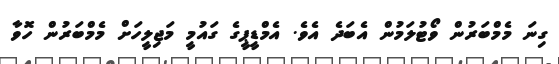
ގިނަ މެމްބަރުން ވޯޓުލަމުން އެބަދެ އެވެ. އެމްޑީޕީގެ ގައުމީ މަޖިލީހަށް މެމްބަރުން ހޮވާ